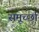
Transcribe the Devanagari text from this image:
समूर्च्छा